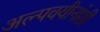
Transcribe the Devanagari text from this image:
अल्पवयीनांशी